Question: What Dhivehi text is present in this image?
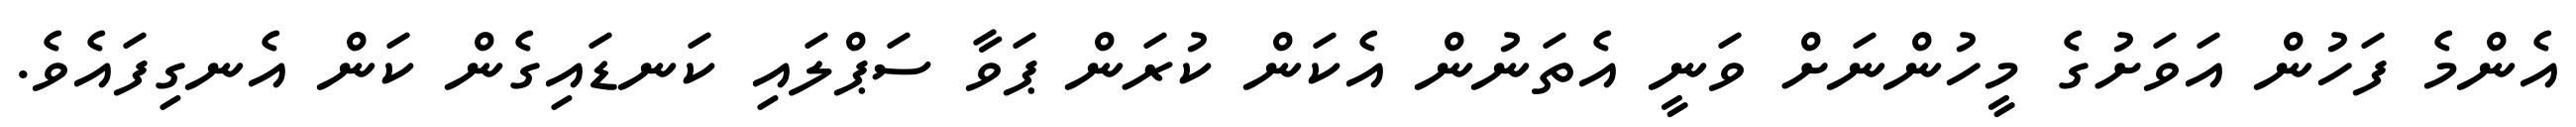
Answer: އެންމެ ފަހުން އަވަށުގެ މީހުންނަށް ވަނީ އެތަނުން އެކަން ކުރަން ޕަވާ ސަޕްލައި ކަނޑައިގެން ކަން އެނގިފައެވެ.